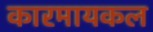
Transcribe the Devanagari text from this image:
कारमायकल